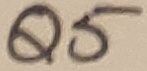
Text: Q5